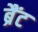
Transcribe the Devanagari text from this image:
ब्रैंट